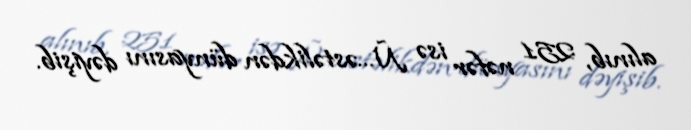
alınıb, 251 nəfər isə Ñ…əstəlikdən dünyasını dəyişib.